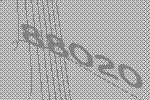
88020